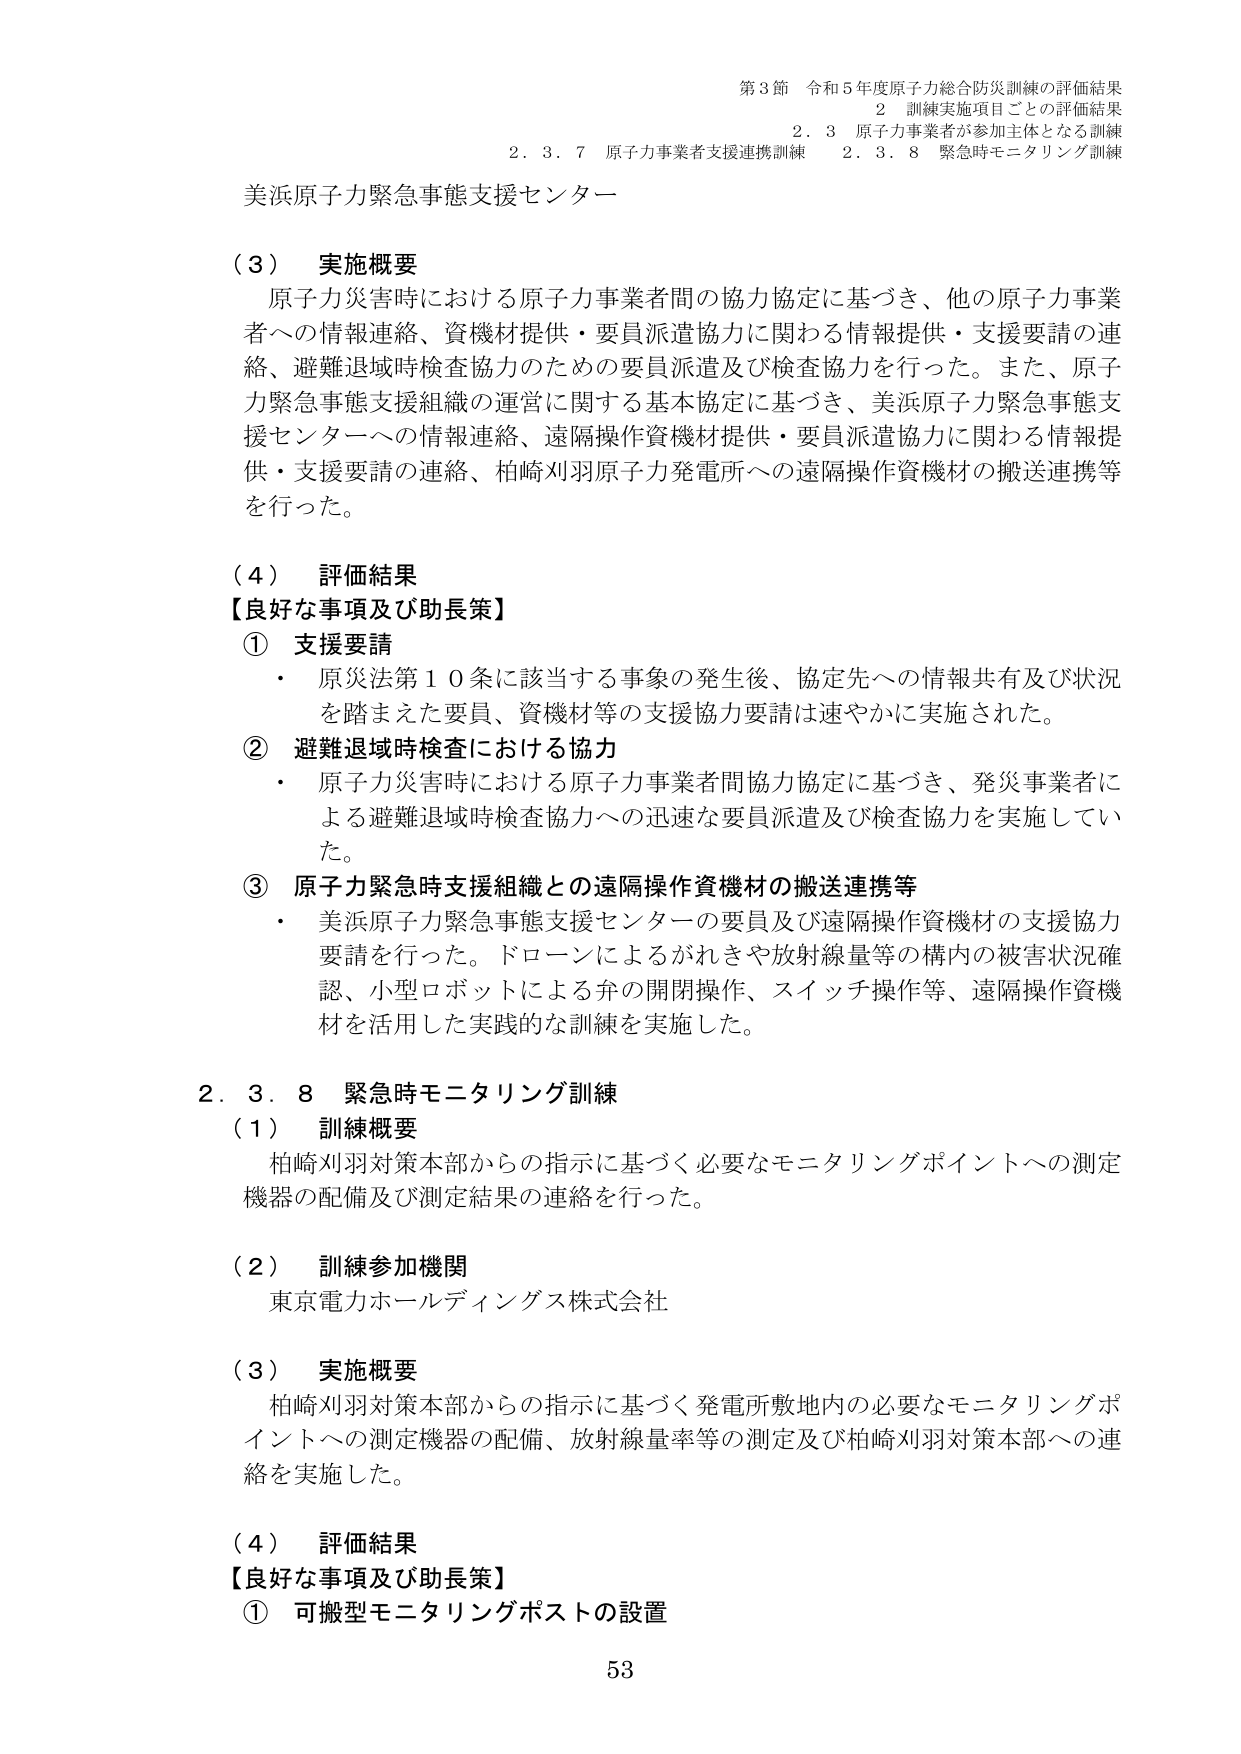
第3節 令和5年度原子力総合防災訓練の評価結果
2 訓練実施項目ごとの評価結果
2.3 原子力事業者が参加主体となる訓練
2.3.7 原子力事業者支援連携訓練 2.3.8 緊急時モニタリング訓練

美浜原子力緊急事態支援センター

（3） 実施概要
原子力災害時における原子力事業者間の協力協定に基づき、他の原子力事業者への情報連絡、資機材提供・要員派遣協力に関わる情報提供・支援要請の連絡、避難退域時検査協力のための要員派遣及び検査協力を行った。また、原子力緊急事態支援組織の運営に関する基本協定に基づき、美浜原子力緊急事態支援センターへの情報連絡、遠隔操作資機材提供・要員派遣協力に関わる情報提供・支援要請の連絡、柏崎刈羽原子力発電所への遠隔操作資機材の搬送連携等を行った。

（4） 評価結果
【良好な事項及び助長策】
① 支援要請
・ 原災法第10条に該当する事象の発生後、協定先への情報共有及び状況を踏まえた要員、資機材等の支援協力要請は速やかに実施された。
② 避難退域時検査における協力
・ 原子力災害時における原子力事業者間協力協定に基づき、発災事業者による避難退域時検査協力への迅速な要員派遣及び検査協力を実施していた。
③ 原子力緊急時支援組織との遠隔操作資機材の搬送連携等
・ 美浜原子力緊急事態支援センターの要員及び遠隔操作資機材の支援協力要請を行った。ドローンによるがれきや放射線量等の構内の被害状況確認、小型ロボットによる弁の開閉操作、スイッチ操作等、遠隔操作資機材を活用した実践的な訓練を実施した。

2.3.8 緊急時モニタリング訓練
（1） 訓練概要
柏崎刈羽対策本部からの指示に基づく必要なモニタリングポイントへの測定機器の配備及び測定結果の連絡を行った。

（2） 訓練参加機関
東京電力ホールディングス株式会社

（3） 実施概要
柏崎刈羽対策本部からの指示に基づく発電所敷地内の必要なモニタリングポイントへの測定機器の配備、放射線量率等の測定及び柏崎刈羽対策本部への連絡を実施した。

（4） 評価結果
【良好な事項及び助長策】
① 可搬型モニタリングポストの設置

53